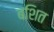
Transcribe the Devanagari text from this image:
बशित